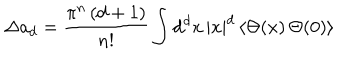
\Delta a _ { d } = \frac { \pi ^ { n } \, ( d + 1 ) } { { n } ! } \int \mathrm { d } ^ { d } x \, | x | ^ { d } \, \langle \Theta ( x ) \, \Theta ( 0 ) \rangle